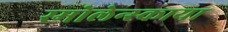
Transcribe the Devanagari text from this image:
स्मोलेन्स्काया